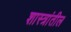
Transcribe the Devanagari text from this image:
शास्त्रांतील